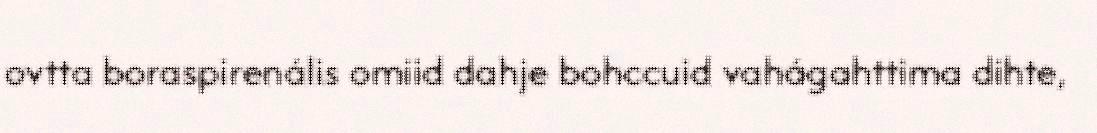
ovtta boraspirenális omiid dahje bohccuid vahágahttima dihte,